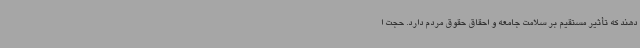
دهند که تأثیر مستقیم بر سلامت جامعه و احقاق حقوق مردم دارد. حجت ا